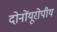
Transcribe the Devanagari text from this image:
दोनोंयूरोपीय